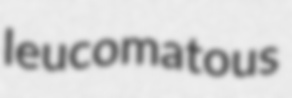
leucomatous